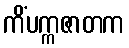
ကိံပက္ကဇာတက